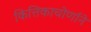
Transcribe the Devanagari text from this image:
कित्तिकाचोर्णाने